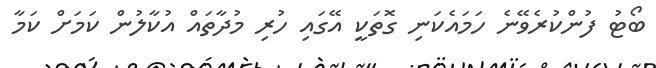
ބޯޓު ފުންކުރެވޭނެ ހަމައެކަނި ގޮތަކީ އޭގައި ހުރި މުދާތައް އުކާލުން ކަމަށް ކަމާ